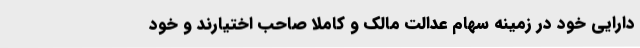
دارایی خود در زمینه سهام عدالت مالک و کاملاً صاحب اختیارند و خود